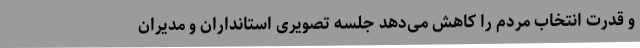
و قدرت انتخاب مردم را کاهش می‌دهد جلسه تصویری استانداران و مدیران